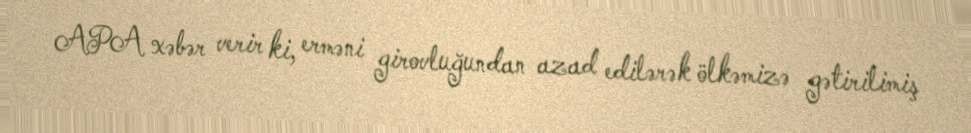
APA xəbər verir ki, erməni girovluğundan azad edilərək ölkəmizə gətirilimiş